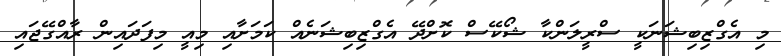
މި އެގްޒިބިޝަނަކީ ސްރީލަންކާ ޝޯކޭސް ކޮށްދޭ އެގްޒިބިޝަނެއް ކަމަށާއި މިއީ މިފަދައިން ރާއްގޭޖައި